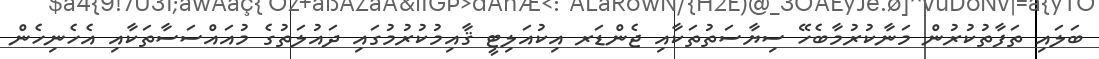
ބަލައި ތަފާތުކުރުން މަނާކުރުމާބެހޭ ސިޔާސަތުތަކާއި ޖެންޑަރ އިކުއަލިޓީ ޤާއިމުކުރުމުގައި ދައުލަތުގެ މުއައްސަސާތަކާއި އެހެނިހެން